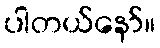
ပါတယ်နော်။